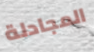
المجادلة